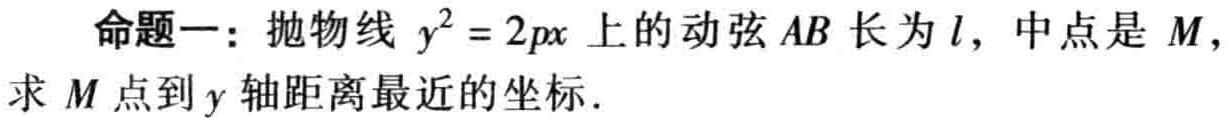
命题一：抛物线 \(y^{2}=2px\) 上的动弦 \(AB\) 长为 \(l\)，中点是 \(M\)，求 \(M\) 点到 \(y\) 轴距离最近的坐标．